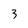
Character: 3